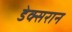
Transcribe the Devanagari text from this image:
डेक्सरान